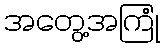
အတွေ့အကြုံ